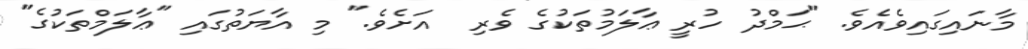
މާނައިގައިވެއެވެ. "ޙަމްދު ހުރީ ޢާލަމުތަކުގެ ވެރި  އަށެވެ." މި އާޔަތުގައި "ޢާލަމްތަކުގެ"